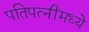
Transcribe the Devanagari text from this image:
पतिपत्‍नींमध्ये